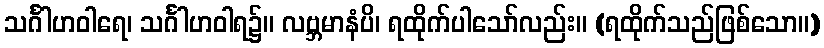
သင်္ဂါဟဝါရေ၊ သင်္ဂါဟဝါရ၌။ လဗ္ဘမာနံပိ၊ ရထိုက်ပါသော်လည်း။ (ရထိုက်သည်ဖြစ်သော။)